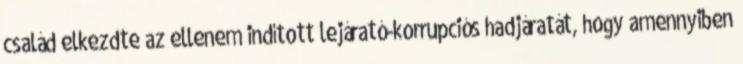
család elkezdte az ellenem indított lejárató-korrupciós hadjáratát, hogy amennyiben